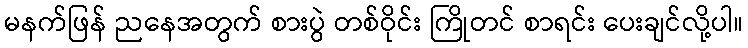
မနက်ဖြန် ညနေအတွက် စားပွဲ တစ်ဝိုင်း ကြိုတင် စာရင်း ပေးချင်လို့ပါ။